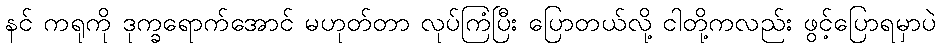
နင် ကရုကို ဒုက္ခရောက်အောင် မဟုတ်တာ လုပ်ကြံပြီး ပြောတယ်လို့ ငါတို့ကလည်း ဖွင့်ပြောရမှာပဲ